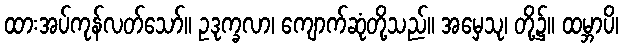
ထားအပ်ကုန်လတ်သော်။ ဥဒုက္ခလာ၊ ကျောက်ဆုံတို့သည်။ အမှေသု၊ တို့၌။ ထမ္ဘာပိ၊